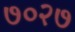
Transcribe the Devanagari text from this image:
७०२७